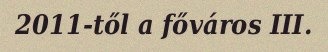
2011-től a főváros III.